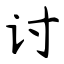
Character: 讨